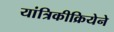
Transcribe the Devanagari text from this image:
यांत्रिकीक्रियेने